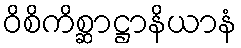
ဝိစိကိစ္ဆာဋ္ဌာနိယာနံ